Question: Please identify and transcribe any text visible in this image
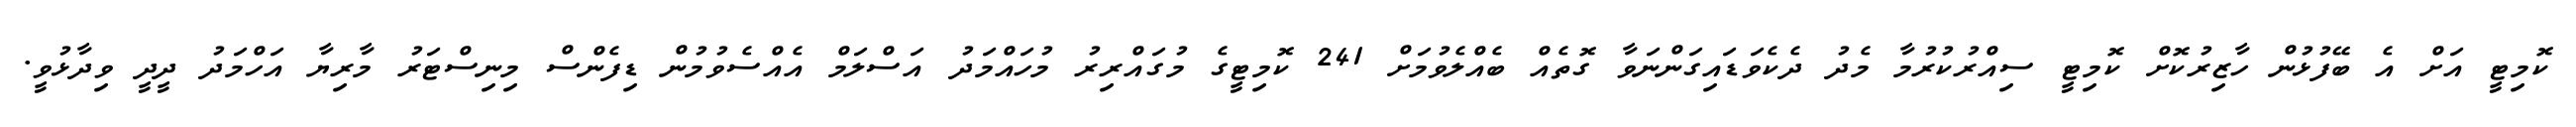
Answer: ކޮމިޓީ އަށް އެ ބޭފުޅުން ހާޒިރުކޮށް ކޮމިޓީ ސިއްރުކުރުމާ މެދު ދެކެވަޑައިގަންނަވާ ގޮތެއް ބެއްލެވުމަށް 241 ކޮމިޓީގެ މުގައްރިރު މުހައްމަދު އަސްލަމް އެއްސެވުމުން ޑިފެންސް މިނިސްޓަރު މާރިޔާ އަހްމަދު ދީދީ ވިދާޅުވީ.